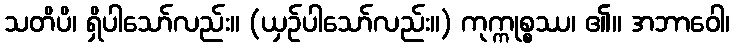
သတိပိ၊ ရှိပါသော်လည်း။ (ယှဉ်ပါသော်လည်း။) ကုက္ကုစ္စဿ၊ ၏။ အဘာဝေါ၊